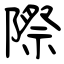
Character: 際